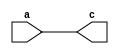
`timescale 1ns / 1ps
module buffer_gate(input a, output c);

   buf (c, a);

endmodule